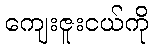
ကျေးဇူးငယ်ကို